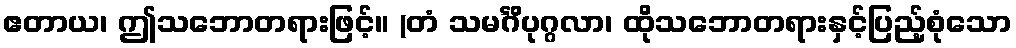
ဧတာယ၊ ဤသဘောတရားဖြင့်။ (တံ သမင်္ဂိပုဂ္ဂလာ၊ ထိုသဘောတရားနှင့်ပြည့်စုံသော